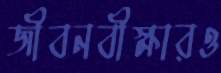
জীবনবীক্ষারও